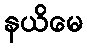
နယိမေ